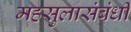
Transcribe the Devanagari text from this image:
महसुलासंबंधी